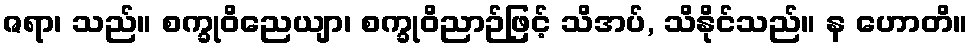
ဇရာ၊ သည်။ စက္ခုဝိညေယျာ၊ စက္ခုဝိညာဉ်ဖြင့် သိအပ်, သိနိုင်သည်။ န ဟောတိ။